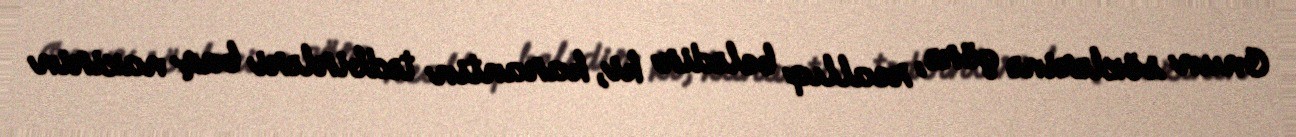
Onun sözlərinə görə, reallıq belədir ki, karantin tədbirləri baş nazirin